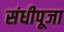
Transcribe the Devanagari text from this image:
संधीपूजा